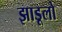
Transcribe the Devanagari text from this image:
झाडूलो